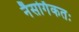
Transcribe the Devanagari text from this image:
नैसर्गिकतः